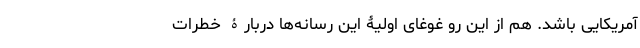
آمریکایی باشد. هم از این رو غوغای اولیۀ این رسانه‌ها دربارۀ خطرات